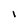
Character: I